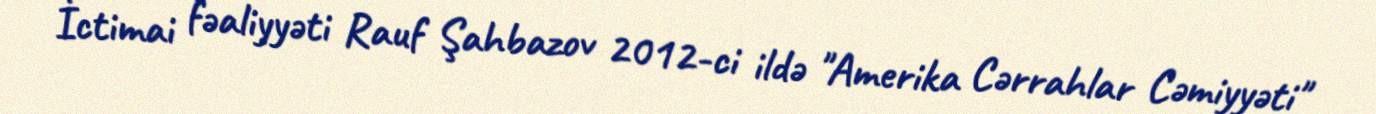
İctimai fəaliyyəti Rauf Şahbazov 2012-ci ildə "Amerika Cərrahlar Cəmiyyəti"